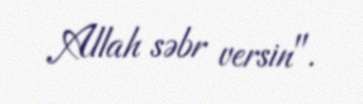
Allah səbr versin".